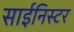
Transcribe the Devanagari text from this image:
साईनिस्टर